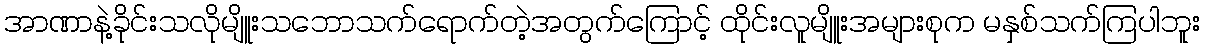
အာဏာနဲ့ခိုင်းသလိုမျိူးသဘောသက်ရောက်တဲ့အတွက်ကြောင့် ထိုင်းလူမျိူးအများစုက မနှစ်သက်ကြပါဘူး